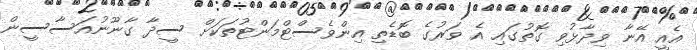
އެއީ އޭނާ ވިދާޅުވި ގޮތުގައި އެ ވަރުގެ ބޮޑެތި އިންވެސްޓްމަންޓުތަކަށް ސީދާ ގާނޫނުއަސާސީން